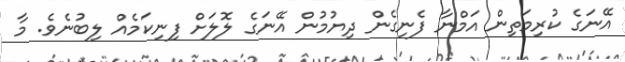
އޭނަގެ ކުރިމަތިން އަމްނާ ފެނިގެން ދިޔުމުން އޭނަގެ ލޮލަށް ފިނިކަމެއް ލިބުނެވެ. މާ